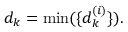
d _ { k } = \operatorname* { m i n } ( \{ d _ { k } ^ { ( i ) } \} ) .